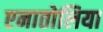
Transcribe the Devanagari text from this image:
एनातोलिया